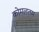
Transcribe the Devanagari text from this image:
कोमलतम